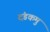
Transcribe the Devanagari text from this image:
दंडकमु